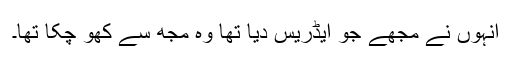
انہوں نے مجھے جو ایڈریس دیا تھا وہ مجھ سے کھو چکا تھا۔